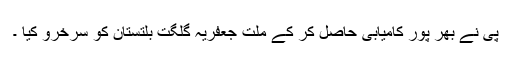
پی نے بھر پور کامیابی حاصل کر کے ملت جعفریہ گلگت بلتستان کو سرخرو کیا ۔